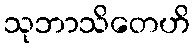
သုဘာသိတေဟိ